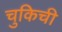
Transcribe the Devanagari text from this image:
चुकिची